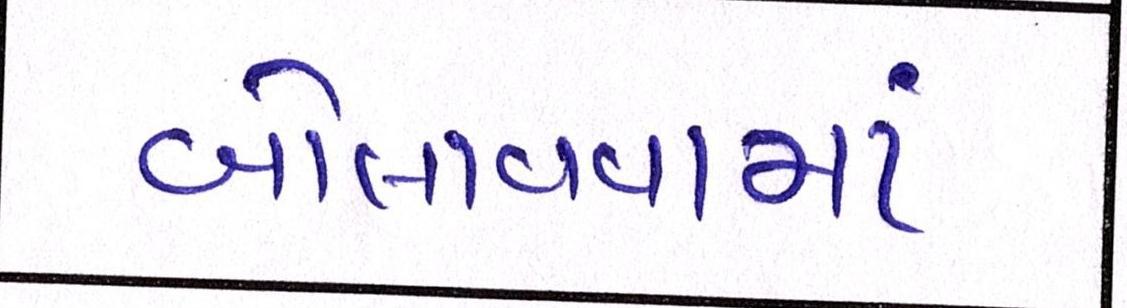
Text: બોલાવવામાં